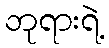
ဘုရားရဲ့